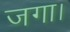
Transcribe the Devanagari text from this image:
जगा।